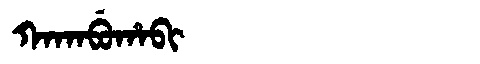
Manchu: ᡴᠠᡴᠠᠪᡠᡥᠠᠪᡳ
Romanization: KAKABUHABI